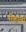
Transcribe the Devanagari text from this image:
नीकोलो